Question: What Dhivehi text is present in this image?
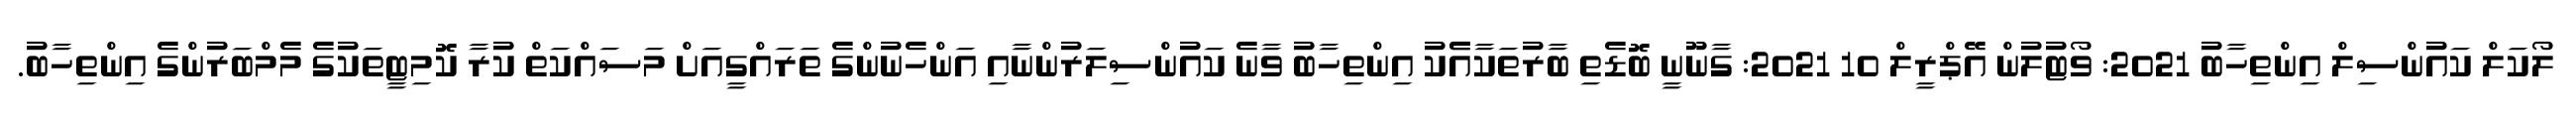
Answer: ލޯކަލް ކައުންސިލް އިންތިހާބު 2021: ވޯޓުލުން އޭޕްރީލް 10 2021: ގާނޫނީ ބޮޑެތި ބާރުތަކާއެެކު އިންތިހާބު ވާނެ ކައުންސިލަރުންނާއި އަންހެނުންގެ ތަރައްގީއަށް މަސައްކަތް ކުރާ ކޮމިޓީތަކުގެ މެމްބަރުންގެ އިންތިހާބު.